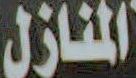
المنازل